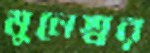
মুনেশ্বর